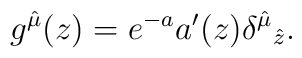
g^{\hat{\mu}}(z)= e^{-a} a'(z) {\delta^{\hat{\mu}}}_{\hat{z}}.